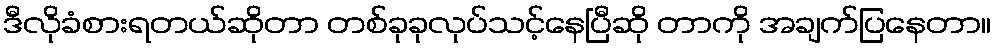
ဒီလိုခံစားရတယ်ဆိုတာ တစ်ခုခုလုပ်သင့်နေပြီဆို တာကို အချက်ပြနေတာ။